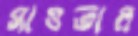
সাওতাল